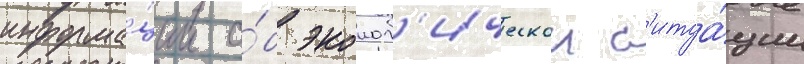
информа́ции о́б эколог'ическои с'итуа́ции